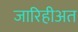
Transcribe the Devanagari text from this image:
जारिहीअत